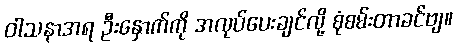
ဝါသနာအရ ဦးနှောက်ကို အလုပ်ပေးချင်လို့ စုံစမ်းတာခင်ဗျ။